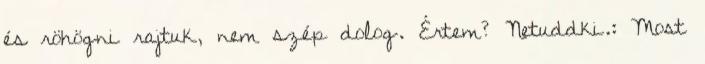
és röhögni rajtuk, nem szép dolog. Értem? Netuddki.: Most